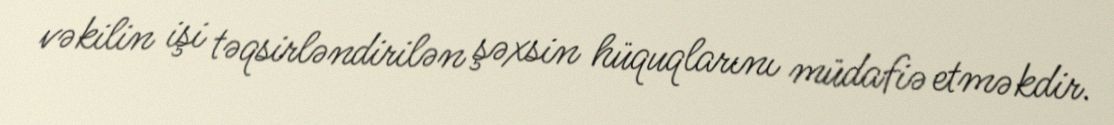
vəkilin işi təqsirləndirilən şəxsin hüquqlarını müdafiə etməkdir.